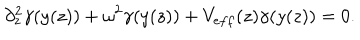
\partial _ { z } ^ { 2 } \gamma ( y ( z ) ) + \omega ^ { 2 } \gamma ( y ( z ) ) + V _ { e f f } ( z ) \gamma ( y ( z ) ) = 0 .